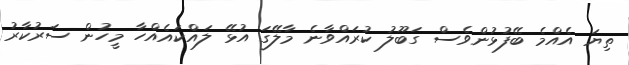
ތިޔަ އެއްމެ ބޭފުޅުންވެސް ގަބޫލު ކުރައްވާނެ މާލޭގަ އުޅޭ ލައްކައެއްހާ މީހުން ސަރުކާރު